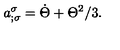
a _ { ; \sigma } ^ { \sigma } = \dot { \Theta } + \Theta ^ { 2 } / 3 .